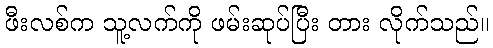
ဖီးလစ်က သူ့လက်ကို ဖမ်းဆုပ်ပြီး တား လိုက်သည်။